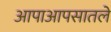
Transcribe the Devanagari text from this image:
आपाआपसातले